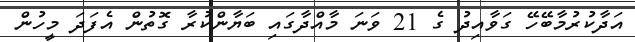
އަދާކުރުމާބޭހޭ ގަވާއިދު ގެ 21 ވަނަ މާއްދާގައި ބަޔާންކުރާ ގޮތުން އެފަދަ މީހުން